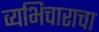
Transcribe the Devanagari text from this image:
व्यभिचाराचा